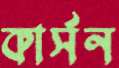
কার্সন